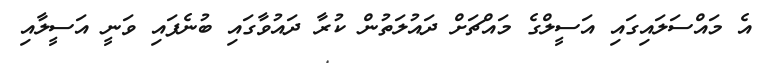
އެ މައްސަލައިގައި އަސީލްގެ މައްޗަށް ދައުލަތުން ކުރާ ދައުވާގައި ބުނެފައި ވަނީ އަސީލާއި